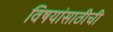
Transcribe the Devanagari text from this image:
विषयांसाठीची